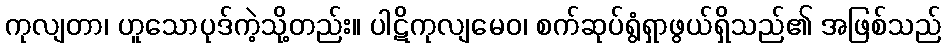
ကုလျတာ၊ ဟူသောပုဒ်ကဲ့သို့တည်း။ ပါဋိကုလျမေဝ၊ စက်ဆုပ်ရွံရှာဖွယ်ရှိသည်၏ အဖြစ်သည်